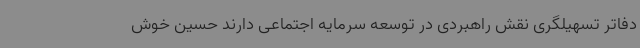
دفاتر تسهیلگری نقش راهبردی در توسعه سرمایه اجتماعی دارند حسین خوش